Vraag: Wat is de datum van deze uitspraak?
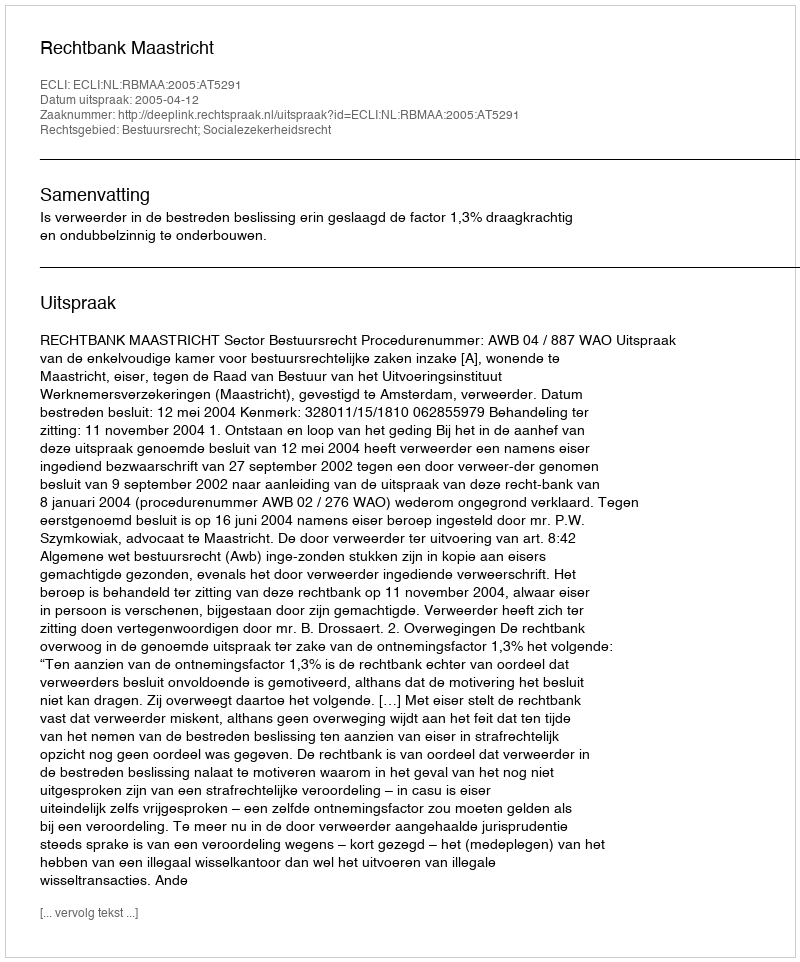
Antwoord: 2005-04-12